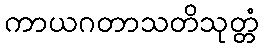
ကာယဂတာသတိသုတ္တံ